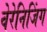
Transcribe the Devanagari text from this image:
वेरेनिजिंग